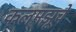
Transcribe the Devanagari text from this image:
कलमझूचे